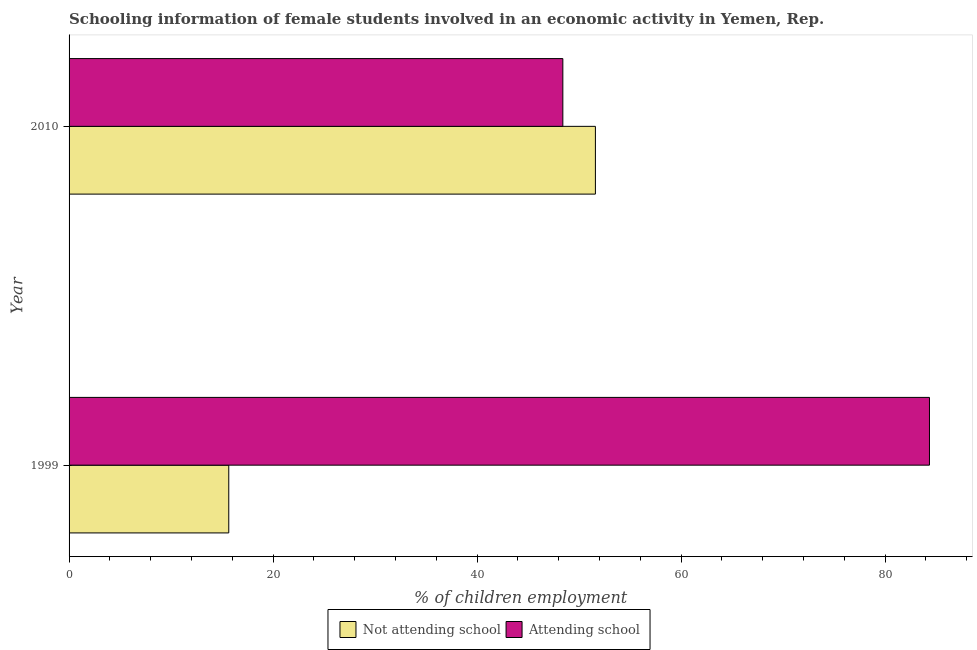
| Year | Not attending school | Attending school |
 | --- | --- | --- |
 | 1999 | 15.7 | 84.3 |
 | 2010 | 51.6 | 48.4 |